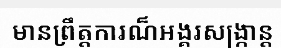
មានព្រឹត្តការណ៏អង្គរសង្ក្រាន្ត